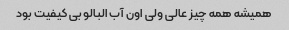
همیشه همه چیز عالی ولی اون آب البالو بی کیفیت بود